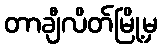
တာချီလိတ်မြို့မှ